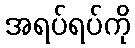
အရပ်ရပ်ကို